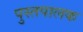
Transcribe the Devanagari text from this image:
पुस्तपालक